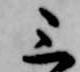
三